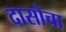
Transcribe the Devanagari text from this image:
दासोचा